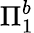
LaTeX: \Pi_{1}^{b}